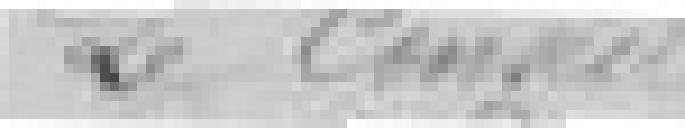
Le conseil